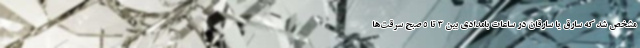
مشخص شد که سارق یا سارقان در ساعات بامدادی بین ۳ تا ۵ صبح سرقت‌ها